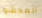
المحشو